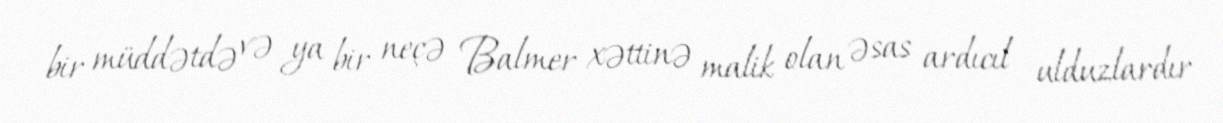
bir müddətdə və ya bir neçə Balmer xəttinə malik olan əsas ardıcıl ulduzlardır